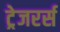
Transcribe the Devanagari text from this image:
ट्रेजरर्स